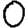
Digit: 0